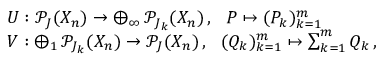
\begin{array} { r l } & { U : \mathcal { P } _ { J } ( X _ { n } ) \to \bigoplus _ { \infty } \mathcal { P } _ { J _ { k } } ( X _ { n } ) \, , \, \, \, \, P \mapsto ( P _ { k } ) _ { k = 1 } ^ { m } } \\ & { V : \bigoplus _ { 1 } \mathcal { P } _ { J _ { k } } ( X _ { n } ) \to \mathcal { P } _ { J } ( X _ { n } ) \, , \, \, \, \, ( Q _ { k } ) _ { k = 1 } ^ { m } \mapsto \sum _ { k = 1 } ^ { m } Q _ { k } \, , } \end{array}